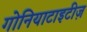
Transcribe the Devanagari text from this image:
गोनियाटाइटीज़